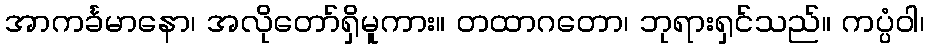
အာကင်္ခမာနော၊ အလိုတော်ရှိမူကား။ တထာဂတော၊ ဘုရားရှင်သည်။ ကပ္ပံဝါ၊